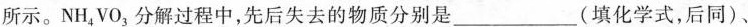
所示。NH_{4}VO_{3}，分解过程中，先后失去的物质分别是___(填化学式，后同)、